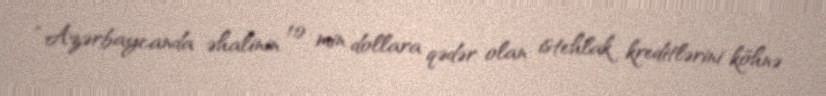
“Azərbaycanda əhalinin 10 min dollara qədər olan istehlak kreditlərini köhnə